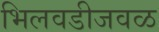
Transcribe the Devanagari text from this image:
भिलवडीजवळ